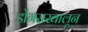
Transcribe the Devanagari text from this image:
डोंगराखालून